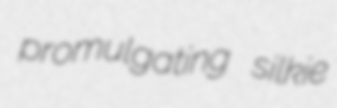
promulgating silkie